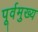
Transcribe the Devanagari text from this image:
पूर्वमुख्य